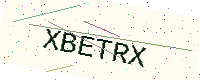
Text: XBETRX